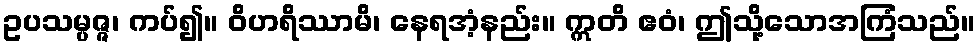
ဥပသမ္ပဇ္ဇ၊ ကပ်၍။ ဝိဟရိဿာမိ၊ နေရအံ့နည်း။ ဣတိ ဧဝံ၊ ဤသို့သောအကြံသည်။